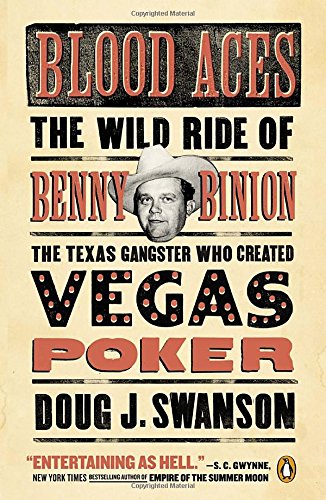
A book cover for Blood Aces: The Wild Ride of Benny Binion, the Texas Gangster Who Created Vegas Poker; Doug Swanson; Humor & Entertainment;